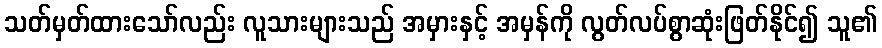
သတ်မှတ်ထားသော်လည်း လူသားများသည် အမှားနှင့် အမှန်ကို လွတ်လပ်စွာဆုံးဖြတ်နိုင်၍ သူ၏